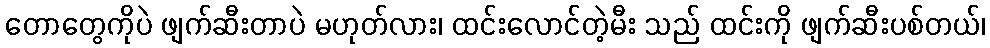
တောတွေကိုပဲ ဖျက်ဆီးတာပဲ မဟုတ်လား၊ ထင်းလောင်တဲ့မီး သည် ထင်းကို ဖျက်ဆီးပစ်တယ်၊